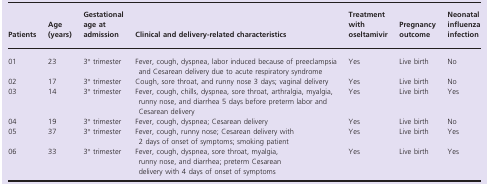
<table><thead><tr><td><b>Patients</b></td><td><b>Age (years)</b></td><td><b>Gestational age at admission</b></td><td><b>Clinical and delivery-related characteristics</b></td><td><b>Treatment with oseltamivir</b></td><td><b>Pregnancy outcome</b></td><td><b>Neonatal influenza infection</b></td></tr></thead><tbody><tr><td>01</td><td>23</td><td>3° trimester</td><td>Fever, cough, dyspnea, labor induced because of preeclampsia and Cesarean delivery due to acute respiratory syndrome</td><td>Yes</td><td>Live birth</td><td>No</td></tr><tr><td>02</td><td>17</td><td>3° trimester</td><td>Cough, sore throat, and runny nose 3 days; vaginal delivery</td><td>Yes</td><td>Live birth</td><td>No</td></tr><tr><td>03</td><td>14</td><td>3° trimester</td><td>Fever, cough, chills, dyspnea, sore throat, arthralgia, myalgia, runny nose, and diarrhea 5 days before preterm labor and Cesarean delivery</td><td>Yes</td><td>Live birth</td><td>Yes</td></tr><tr><td>04</td><td>19</td><td>3° trimester</td><td>Fever, cough, dyspnea; Cesarean delivery</td><td>Yes</td><td>Live birth</td><td>No</td></tr><tr><td>05</td><td>37</td><td>3° trimester</td><td>Fever, cough, runny nose; Cesarean delivery with 2 days of onset of symptoms; smoking patient</td><td>Yes</td><td>Live birth</td><td>Yes</td></tr><tr><td>06</td><td>33</td><td>3° trimester</td><td>Fever, cough, dyspnea, sore throat, myalgia, runny nose, and diarrhea; preterm Cesarean delivery with 4 days of onset of symptoms</td><td>Yes</td><td>Live birth</td><td>Yes</td></tr></tbody></table>